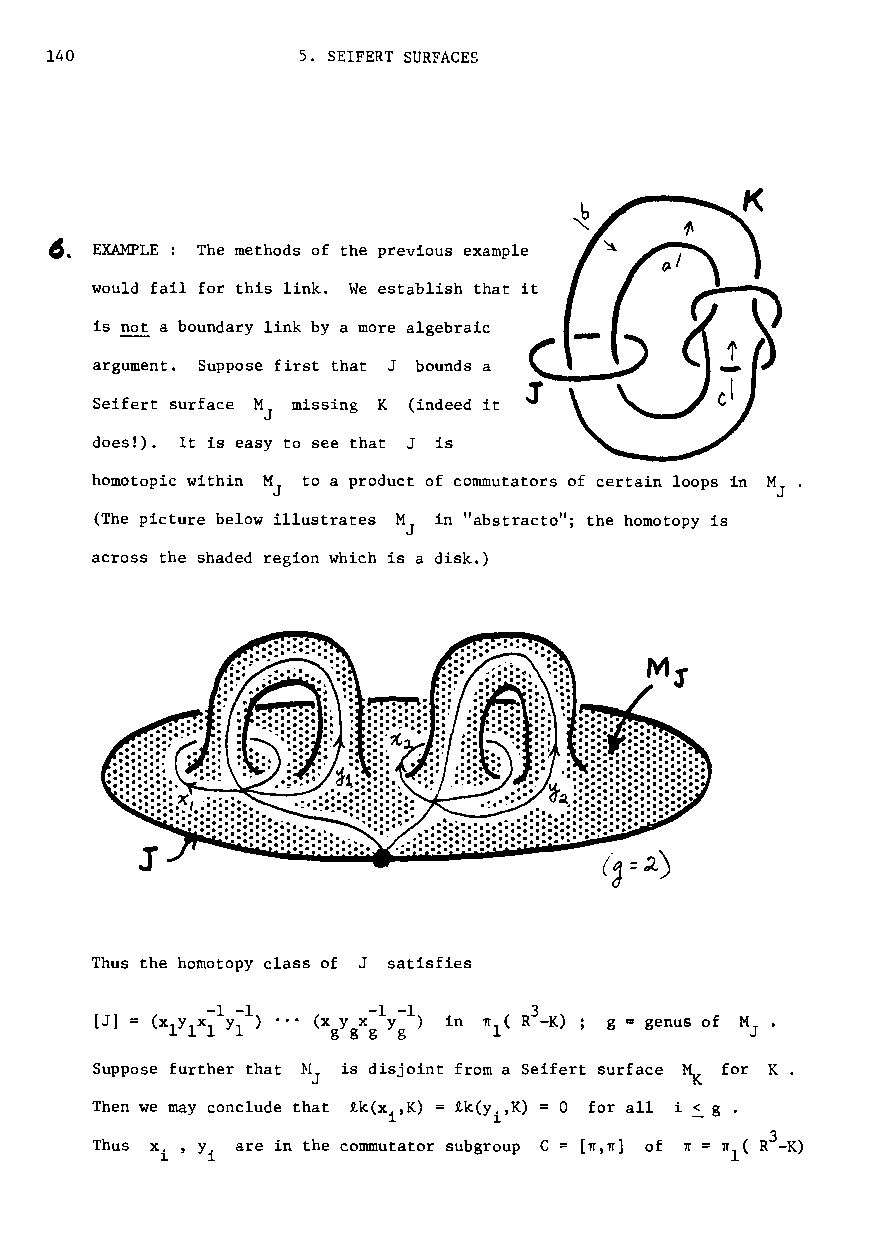
140              5. SEIFERT SURFACES
 45.
 EXAMPLE: The methods of the previous example
 would fail for this link. We establish that it
 is not a boundary link by a more algebraic
 (
 argument. Suppose first that J bounds a
 1
 Seifert surface M missing K (indeed it
 J
 does!). It is easy to see that J is
 homotopic within M to a product of commutators of certain loops in M .
 J                                J
 (The picture below illustrates M in "abstracto"; the homotopy is
 J
 across the shaded region which is a disk.)
 Thus the homotopy class of J satisfies
 [J] = (x 1Y 1x 1-1 Y- 11 ) ••• (x gy gx- g1 y- g1 ) in 1f1( R3 -K) ; g = genus of M
 J
 Suppose further that N is disjoint from a Seifert surface ~ for K.
 J
 Then we may conclude that ik(xi,K) = ik(Yi,K) o for all i ~ g .
 3
 Thus xi' Y are in the commutator subgroup C [Tf,TI] of 1f = 1l"1( R -K)
 i